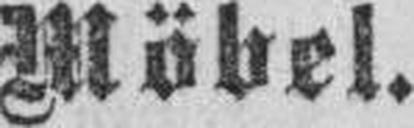
Möbel.